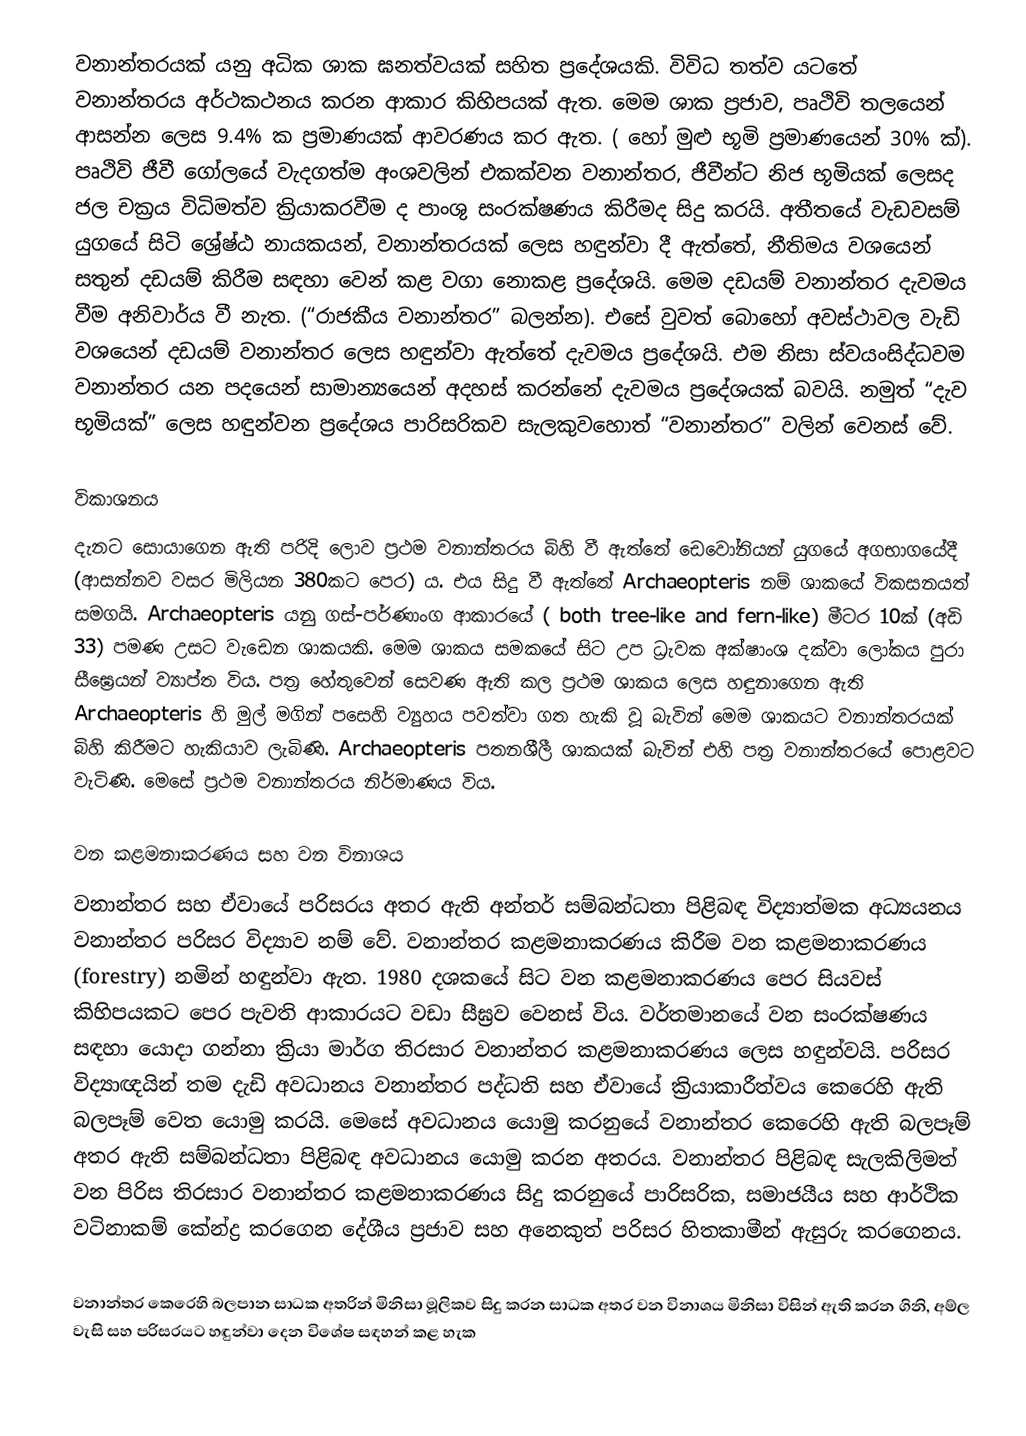
වනාන්තරයක් යනු අධික ශාක ඝනත්වයක් සහිත ප්‍රදේශයකි. විවිධ තත්ව යටතේ වනාන්තරය අර්ථකථනය කරන ආකාර කිහිපයක් ඇත. මෙම ශාක ප්‍රජාව, පෘථිවි තලයෙන් ආසන්න ලෙස 9.4% ක ප්‍රමාණයක් ආවරණය කර ඇත. ( හෝ මුළු භූමි ප්‍රමාණයෙන් 30% ක්). පෘථිවි ජීවී ගෝලයේ වැදගත්ම අංශවලින් එකක්වන වනාන්තර, ජීවීන්ට නිජ භූමියක් ලෙසද ජල චක්‍රය විධිමත්ව ක්‍රියාකරවීම ද පාංශු සංරක්ෂණය කිරීමද සිදු කරයි. අතීතයේ වැඩවසම් යුගයේ සිටි ශ්‍රේෂ්ඨ නායකයන්, වනාන්තරයක් ලෙස හඳුන්වා දී ඇත්තේ, නීතිමය වශයෙන් සතුන් දඩයම් කිරීම සඳහා වෙන් කළ වගා නොකළ ප්‍රදේශයි. මෙම දඩයම් වනාන්තර දැවමය වීම අනිවාර්ය වී නැත. (“රාජකීය වනාන්තර” බලන්න). එසේ වුවත් බොහෝ අවස්ථාවල වැඩි වශයෙන් දඩයම් වනාන්තර ලෙස හඳුන්වා ඇත්තේ දැවමය ප්‍රදේශයි. එම නිසා ස්වයංසිද්ධවම වනාන්තර යන පදයෙන් සාමාන්‍යයෙන් අදහස් කරන්නේ දැවමය ප්‍රදේශයක් බවයි. නමුත් “දැව භූමියක්” ලෙස හඳුන්වන ප්‍රදේශය පාරිසරිකව සැලකුවහොත් “වනාන්තර” වලින් වෙනස් වේ.

විකාශනය
දැනට සොයාගෙන ඇති පරිදි ලොව ප්‍රථම වනාන්තරය බිහි වී ඇත්තේ ඩෙවෝනියන් යුගයේ අගභාගයේදී (ආසන්නව වසර මිලියන 380කට පෙර) ය. එය සිදු වී ඇත්තේ  Archaeopteris නම් ශාකයේ විකසනයත් සමගයි. Archaeopteris යනු ගස්-පර්ණාංග ආකාරයේ ( both tree-like and fern-like) මීටර 10ක් (අඩි 33) පමණ උසට වැඩෙන ශාකයකි. මෙම ශාකය සමකයේ සිට උප ධ්‍රැවක අක්ෂාංශ දක්වා ලෝකය පුරා සීඝ්‍රෙයන් ව්‍යාප්ත විය. පත්‍ර හේතුවෙන් සෙවණ ඇති කල ප්‍රථම ශාකය ලෙස හඳුනාගෙන ඇති Archaeopteris හි මුල් මගින් පසෙහි ව්‍යුහය පවත්වා ගත හැකි වූ බැවින් මෙම ශාකයට වනාන්තරයක් බිහි කිරීමට හැකියාව ලැබිණි. Archaeopteris පතනශීලී ශාකයක් බැවින් එහි පත්‍ර වනාන්තරයේ පොළවට වැටිණි. මෙසේ ප්‍රථම වනාන්තරය නිර්මාණය විය.

වන කළමනාකරණය සහ වන විනාශය
වනාන්තර සහ ඒවායේ පරිසරය අතර ඇති අන්තර් සම්බන්ධතා පිළිබඳ විද්‍යාත්මක අධ්‍යයනය වනාන්තර පරිසර විද්‍යාව නම් වේ. වනාන්තර කළමනාකරණය කිරීම වන කළමනාකරණය (forestry) නමින් හඳුන්වා ඇත. 1980 දශකයේ සිට වන කළමනාකරණය පෙර සියවස් කිහිපයකට පෙර පැවති ආකාරයට වඩා සීඝ්‍රව වෙනස් විය. වර්තමානයේ වන සංරක්ෂණය සඳහා යොදා ගන්නා ක්‍රියා මාර්ග තිරසාර වනාන්තර කළමනාකරණය ලෙස හඳුන්වයි. පරිසර විද්‍යාඥයින් තම දැඩි අවධානය වනාන්තර පද්ධති සහ ඒවායේ ක්‍රියාකාරීත්වය කෙරෙහි ඇති බලපෑම් වෙත යොමු කරයි. මෙසේ අවධානය යොමු කරනුයේ වනාන්තර කෙරෙහි ඇති බලපෑම් අතර ඇති සම්බන්ධතා පිළිබඳ අවධානය යොමු කරන අතරය. වනාන්තර පිළිබඳ සැලකිලිමත් වන පිරිස තිරසාර වනාන්තර කළමනාකරණය සිදු කරනුයේ පාරිසරික, සමාජයීය සහ ආර්ථික වටිනාකම් කේන්ද්‍ර කරගෙන දේශීය ප්‍රජාව සහ අනෙකුත් පරිසර හිතකාමීන් ඇසුරු කරගෙනය.

වනාන්තර කෙරෙහි බලපාන සාධක අතරින් මිනිසා මූලිකව සිදු කරන සාධක අතර වන විනාශය මිනිසා විසින් ඇති කරන ගිනි, අම්ල වැසි සහ පරිසරයට හඳුන්වා දෙන විශේෂ සඳහන් කළ හැක